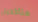
متأكدين